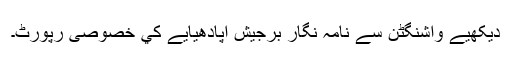
دیکھیے واشنگٹن سے نامہ نگار برجيش اپادھيايے کي خصوصی رپورٹ۔